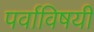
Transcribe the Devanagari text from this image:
पर्वाविषयी